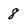
Character: 8